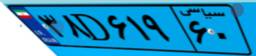
۳۸D۶۱۹۶۰